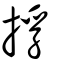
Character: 捊